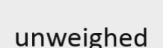
unweighed